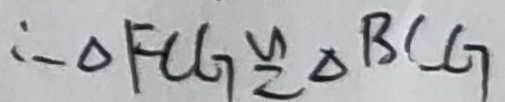
\therefore \Delta F C G \cong \Delta B C G